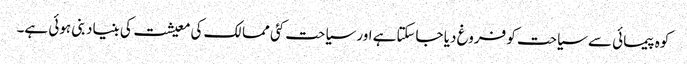
کوہ پیمائی سے سیاحت کو فروغ دیا جاسکتاہے اور سیاحت کئی ممالک کی معیشت کی بنیاد بنی ہوئی ہے۔